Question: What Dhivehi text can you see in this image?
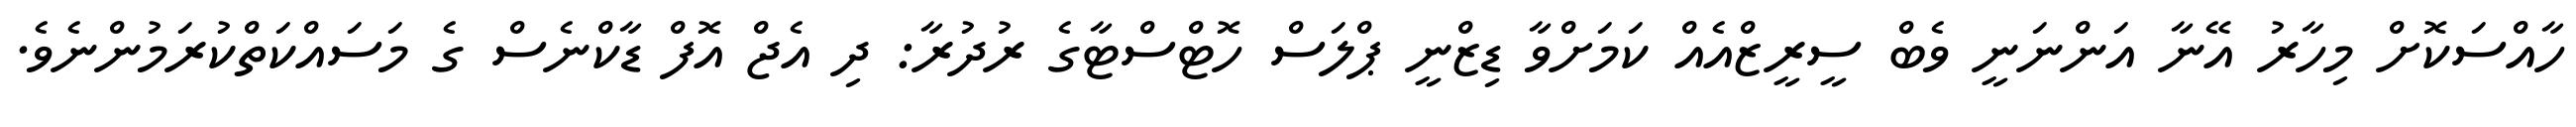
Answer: ހާއްސަކޮށް މިހާރު އޭނާ އަންނަނީ ވެބް ސީރީޒްއެއް ކަމަށްވާ ޑިޒްނީ ޕްލަސް ހޮޓްސްޓާގެ ރުދުރާ: ދި އެޖް އޮފް ޑާކްނެސް ގެ މަސައްކަތްކުރަމުންނެވެ.